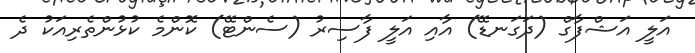
އަލީ އަޝްފާގް (ދަގަނޑޭ) އާއި އަލީ ފާސިރު (ސެންޓޭ) ކޮންމެ ކުޅުންތެރިއަކު ދެ